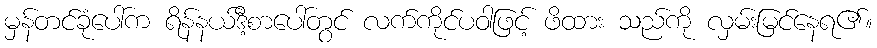
မှန်တင်ခုံပေါ်က ရိန်နယ်ဒီ့စာပေါ်တွင် လက်ကိုင်ပဝါဖြင့် ဖိထား သည်ကို လှမ်းမြင်နေရ၏။